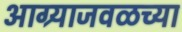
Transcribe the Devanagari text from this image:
आग्र्याजवळच्या